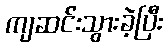
ကျဆင်းသွားခဲ့ပြီး